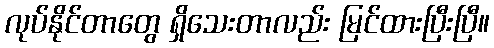
လုပ်နိုင်တာတွေ ရှိသေးတာလည်း မြင်ထားပြီးပြီ။